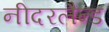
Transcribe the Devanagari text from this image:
नीदरलैन्ड